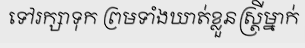
ទៅរក្សាទុក ព្រមទាំងឃាត់ខ្លួនស្ត្រីម្នាក់